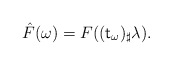
\begin{align*} \hat F(\omega)=F((\mathsf t_\omega)_\sharp\lambda).\end{align*}